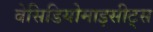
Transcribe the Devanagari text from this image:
बेसिडियोमाइसीट्स